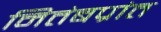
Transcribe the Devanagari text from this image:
नितंबप्रांत